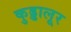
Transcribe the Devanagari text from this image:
कुड्डालूर